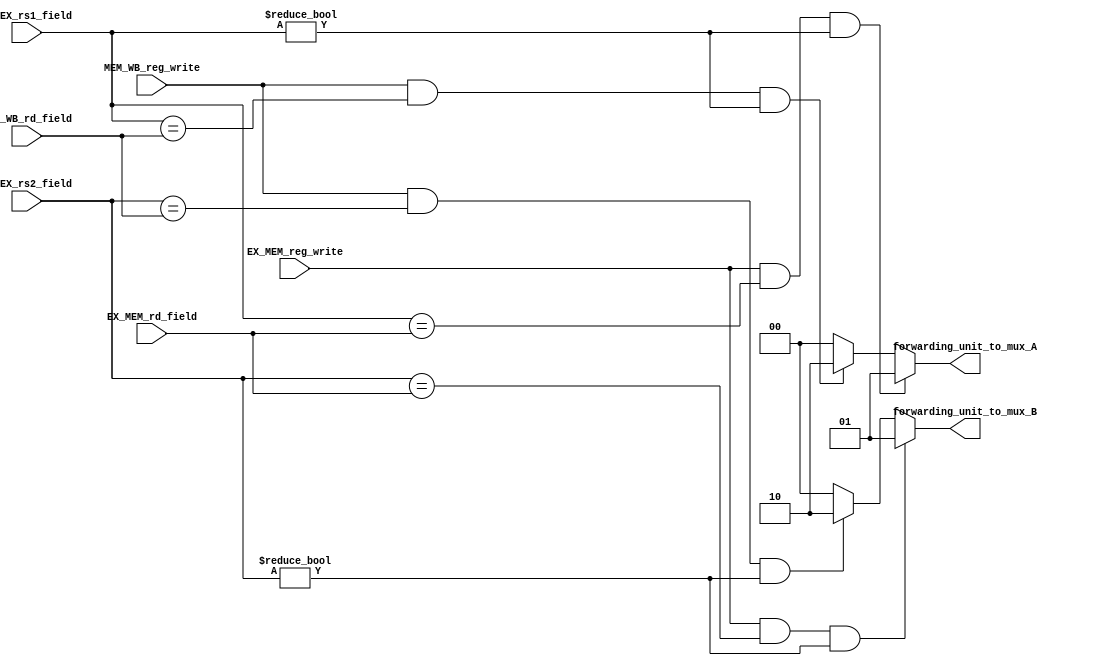
module ForwardingUnit(input [4:0] ID_EX_rs1_field, 
                      input [4:0] ID_EX_rs2_field, 
                      input [4:0] EX_MEM_rd_field, 
                      input [4:0] MEM_WB_rd_field,
                      input EX_MEM_reg_write,
                      input MEM_WB_reg_write,
                      output [1:0] forwarding_unit_to_mux_A,
                      output [1:0] forwarding_unit_to_mux_B);
        
    // always @(*) begin 
        
    //     if (EX_MEM_reg_write && (ID_EX_rs1_field == EX_MEM_rd_field))
    //         forwarding_unit_to_mux_A = 2'b01;
        
    //     else if (MEM_WB_reg_write && (ID_EX_rs1_field == MEM_WB_rd_field))
    //         forwarding_unit_to_mux_A = 2'b10;
    //     else 
    //         forwarding_unit_to_mux_A = 2'b00;

    //     if (EX_MEM_reg_write && (ID_EX_rs2_field == EX_MEM_rd_field))
    //         forwarding_unit_to_mux_B = 2'b01;
        
    //     else if (MEM_WB_reg_write && (ID_EX_rs2_field == MEM_WB_rd_field))
    //         forwarding_unit_to_mux_B = 2'b10;
    //     else 
    //         forwarding_unit_to_mux_B = 2'b00;
    // end


    assign forwarding_unit_to_mux_A = (EX_MEM_reg_write && (ID_EX_rs1_field == EX_MEM_rd_field) && ID_EX_rs1_field !=0) ? 
                                        2'b01 : (MEM_WB_reg_write && (ID_EX_rs1_field == MEM_WB_rd_field) && ID_EX_rs1_field !=0) ? 
                                            2'b10 : 2'b00;

    assign forwarding_unit_to_mux_B = (EX_MEM_reg_write && (ID_EX_rs2_field == EX_MEM_rd_field) && ID_EX_rs2_field !=0) ? 
                                        2'b01 : (MEM_WB_reg_write && (ID_EX_rs2_field == MEM_WB_rd_field) && ID_EX_rs2_field !=0) ? 
                                            2'b10 : 2'b00;

endmodule